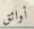
أواثق